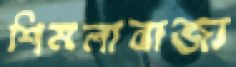
শিমলাবাজা